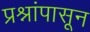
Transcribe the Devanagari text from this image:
प्रश्नांपासून